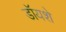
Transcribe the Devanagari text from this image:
डॉयशे